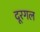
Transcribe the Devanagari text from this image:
दूरगल